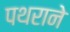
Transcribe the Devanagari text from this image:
पथराने